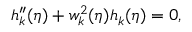
h _ { k } ^ { \prime \prime } ( \eta ) + w _ { k } ^ { 2 } ( \eta ) h _ { k } ( \eta ) = 0 ,